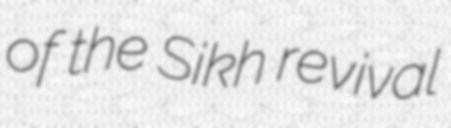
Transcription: of the Sikh revival